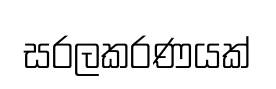
සරලකරණයක්